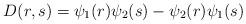
LaTeX: \begin{align*} D (r, s) = \psi_1 (r) \psi_2 (s) - \psi_2 (r) \psi_1 (s)\end{align*}